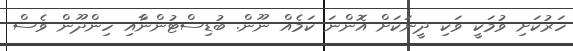
ހަރުކަށި ވުމަކީ ވަކި ދީނަކަށް އޮންނަ ކަމެއް ނޫން. ބުޑިސްޓުންނާްއި ހިންދޫން ވެސް